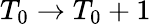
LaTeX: T_{0}\rightarrow T_{0}+1